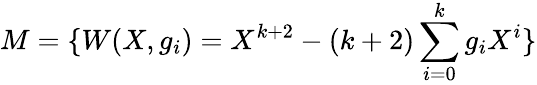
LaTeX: M=\{ W(X,g_{i})=X^{k+2}-(k+2)\sum_{i=0}^{k}g_{i}X^{i}\}